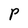
Character: P